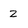
Character: 2